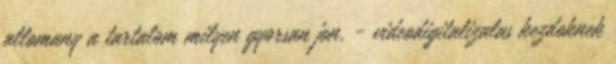
allomany a tartalom milyen gyorsan jon. - videodigitalizalas kezdoknek